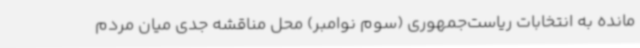
مانده به انتخابات ریاست‌جمهوری (سوم نوامبر) محل مناقشه جدی میان مردم